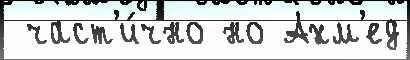
 част'и́чно но Ахм'ед